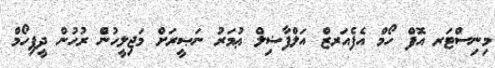
މިނިސްޓަރ އޮފް ހޯމް އެފެއަރޒް އަލްފާޟިލް ޢުމަރު ނަޞީރަށް މަޖިލީހުންެ ރުހުން ދީފިހޯމް